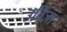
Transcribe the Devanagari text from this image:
उर्विजा